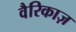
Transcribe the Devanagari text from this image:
वैरिकाज़